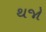
થજો